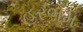
હરભમ